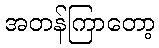
အတန်ကြာတော့